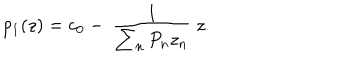
LaTeX: p _ { 1 } ( z ) = c _ { 0 } - ~ \frac { 1 } { \sum _ { n } P _ { n } z _ { n } } ~ z .